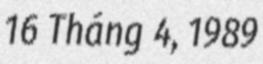
16 Tháng 4, 1989